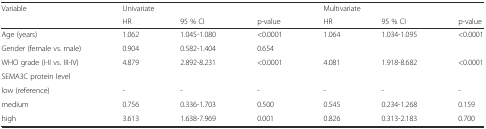
<table><thead><tr><td rowspan="2"><b>Variable</b></td><td colspan="3"><b>Univariate</b></td><td colspan="3"><b>Multivariate</b></td></tr><tr><td><b>HR</b></td><td><b>95 % CI</b></td><td><b>p-value</b></td><td><b>HR</b></td><td><b>95 % CI</b></td><td><b>p-value</b></td></tr></thead><tbody><tr><td>Age (years)</td><td>1.062</td><td>1.045-1.080</td><td>&lt;0.0001</td><td>1.064</td><td>1.034-1.095</td><td>&lt;0.0001</td></tr><tr><td>Gender (female vs. male)</td><td>0.904</td><td>0.582-1.404</td><td>0.654</td><td></td><td></td><td></td></tr><tr><td>WHO grade (I-II vs. III-IV)</td><td>4.879</td><td>2.892-8.231</td><td>&lt;0.0001</td><td>4.081</td><td>1.918-8.682</td><td>&lt;0.0001</td></tr><tr><td>SEMA3C protein level</td><td></td><td></td><td></td><td></td><td></td><td></td></tr><tr><td>low (reference)</td><td>-</td><td>-</td><td>-</td><td>-</td><td>-</td><td>-</td></tr><tr><td>medium</td><td>0.756</td><td>0.336-1.703</td><td>0.500</td><td>0.545</td><td>0.234-1.268</td><td>0.159</td></tr><tr><td>high</td><td>3.613</td><td>1.638-7.969</td><td>0.001</td><td>0.826</td><td>0.313-2.183</td><td>0.700</td></tr></tbody></table>